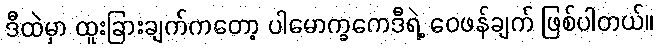
ဒီထဲမှာ ထူးခြားချက်ကတော့ ပါမောက္ခကေဒီရဲ့ ဝေဖန်ချက် ဖြစ်ပါတယ်။